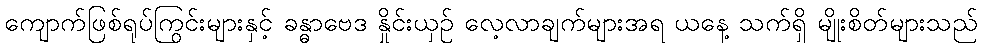
ကျောက်ဖြစ်ရုပ်ကြွင်းများနှင့် ခန္ဓာဗေဒ နှိုင်းယှဉ် လေ့လာချက်များအရ ယနေ့ သက်ရှိ မျိုးစိတ်များသည်